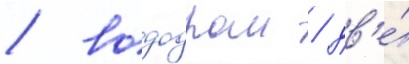
/ вододром / дв'е́